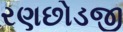
રણછોડજી